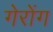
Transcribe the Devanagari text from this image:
गेरोंग